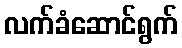
လက်ခံဆောင်ရွက်